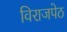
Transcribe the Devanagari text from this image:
विराजपेठ